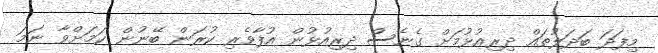
މިފަދަ ބަދަލުތައް ދިރިއުޅުމަށް ގެނެސް ދިރިއުޅުން އުފާވެރި ކުރަން ބޭނުން ކަމަށްވާ ނަމަ